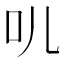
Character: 䶷